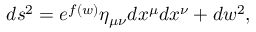
d s ^ { 2 } = e ^ { f ( w ) } \eta _ { \mu \nu } d x ^ { \mu } d x ^ { \nu } + d w ^ { 2 } ,